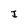
Character: J